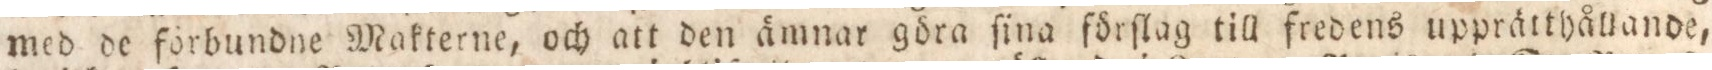
med de förbundne Makterne, och att den ämnar göra ſina förſlag till fredens upprätthållande,